Civil Veterinary Dept. Assam report 1927-50 - 1927-1950
Year: 1927
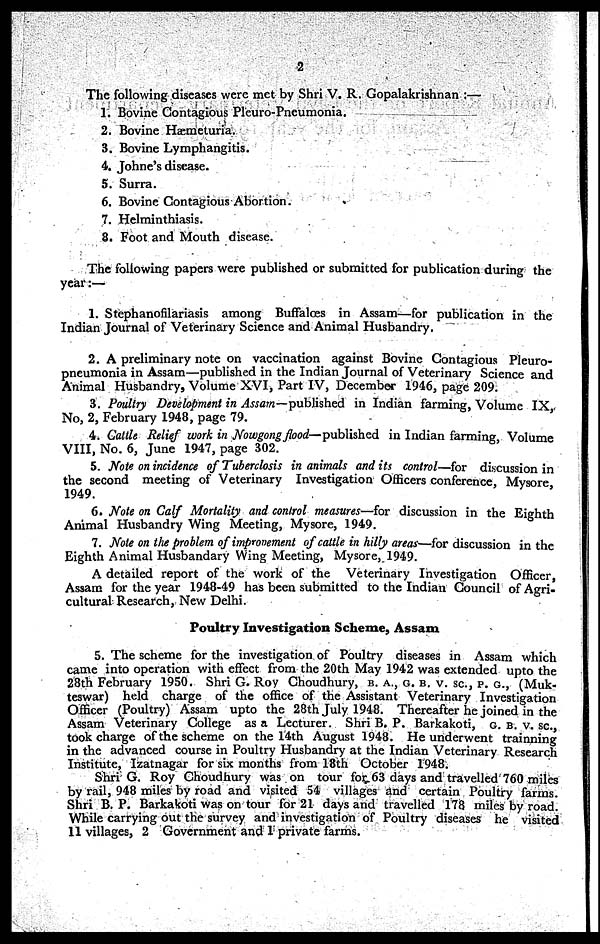
2
The following diseases were met by Shri V. R, Gopalakrishnan :—
1. Bovine Contagious Pleuro-Pneumonia.
2. Bovine Hæmeturia.
3. Bovine Lymphangitis.
4. Johne's disease.
5. Surra.
6. Bovine Contagious Abortion.
7. Helminthiasis.
8. Foot and Mouth disease.
The following papers were published or submitted for publication during the
year:—
1. Stephanofilariasis among Buffaloes in Assam—for publication in the
Indian Journal of Veterinary Science and Animal Husbandry.
2. A preliminary note on vaccination against Bovine Contagious Pleuro-
pneumonia in Assam—published in the Indian Journal of Veterinary Science and
Animal Husbandry, Volume XVI, Part IV, December 1946, page 209.
3. Poultry Development in Assam—published in Indian farming, Volume IX
No, 2, February 1948, page 79.
4. Cattle Relief work in Nowgong food—published in Indian farming, Volume
VIII, No. 6, June 1947, page 302.
5. Note on incidence of Tuberclosis in animals and its control—for discussion in
the second meeting of Veterinary Investigation Officers conference, Mysore
1949.
6. Note on Calf Mortality and control measures—for discussion in the Eighth
Animal Husbandry Wing Meeting, Mysore, 1949.
7. Note on the problem of improvement of cattle in hilly areas—for discussion in the
Eighth Animal Husbandary Wing Meeting, Mysore, 1949.
A detailed report of the work of the Veterinary Investigation Officer,
Assam for the year 1948-49 has been submitted to the Indian Council of Agri-
cultural Research, New Delhi.
Poultry Investigation Scheme, Assam
5. The scheme for the investigation of Poultry diseases in Assam which
came into operation with effect from the 20th May 1942 was extended upto the
28th February 1950. Shri G. Roy Ghoudhury, B. A., G. B. v. sc, p. G, (Muk-
teswar) held charge of the office of the Assistant Veterinary Investigation
Officer (Poultry) Assam upto the 28th July 1948. Thereafter he joined in the
Assam Veterinary College as a Lecturer. Shri B. P. Barkakoti, G. B. v. sc,
took charge of the scheme on the 14th August 1948. He underwent trainning
in the advanced course in Poultry Husbandry at the Indian Veterinary Research
Institute, Izatnagar for six months from 18th October 1948.
Shri G. Roy Choudhury was on tour for 63 days and travelled 760 miles
by rail, 948 miles by road and visited 54 villages and certain Poultry farms.
Shri B. P. Barkakoti was on tour for 21 days and travelled 178 miles by road.
While carrying out the survey and investigation of Poultry diseases he visited
11 villages, 2 Government and 1 private farms.